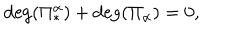
LaTeX: \mathrm { d e g } ( \Pi _ { * } ^ { \alpha } ) + \mathrm { d e g } ( \Pi _ { \alpha } ) = 0 ,